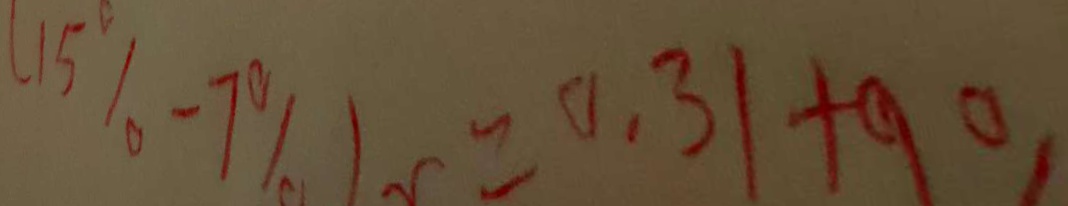
( 1 5 \% - 7 \% ) v = 0 . 3 1 + 9 0 ,